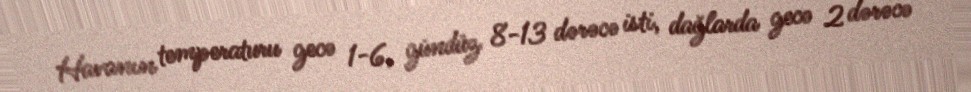
Havanın temperaturu gecə 1-6, gündüz 8-13 dərəcə isti, dağlarda gecə 2 dərəcə